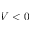
V < 0